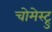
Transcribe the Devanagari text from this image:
चोमेस्ट्रु